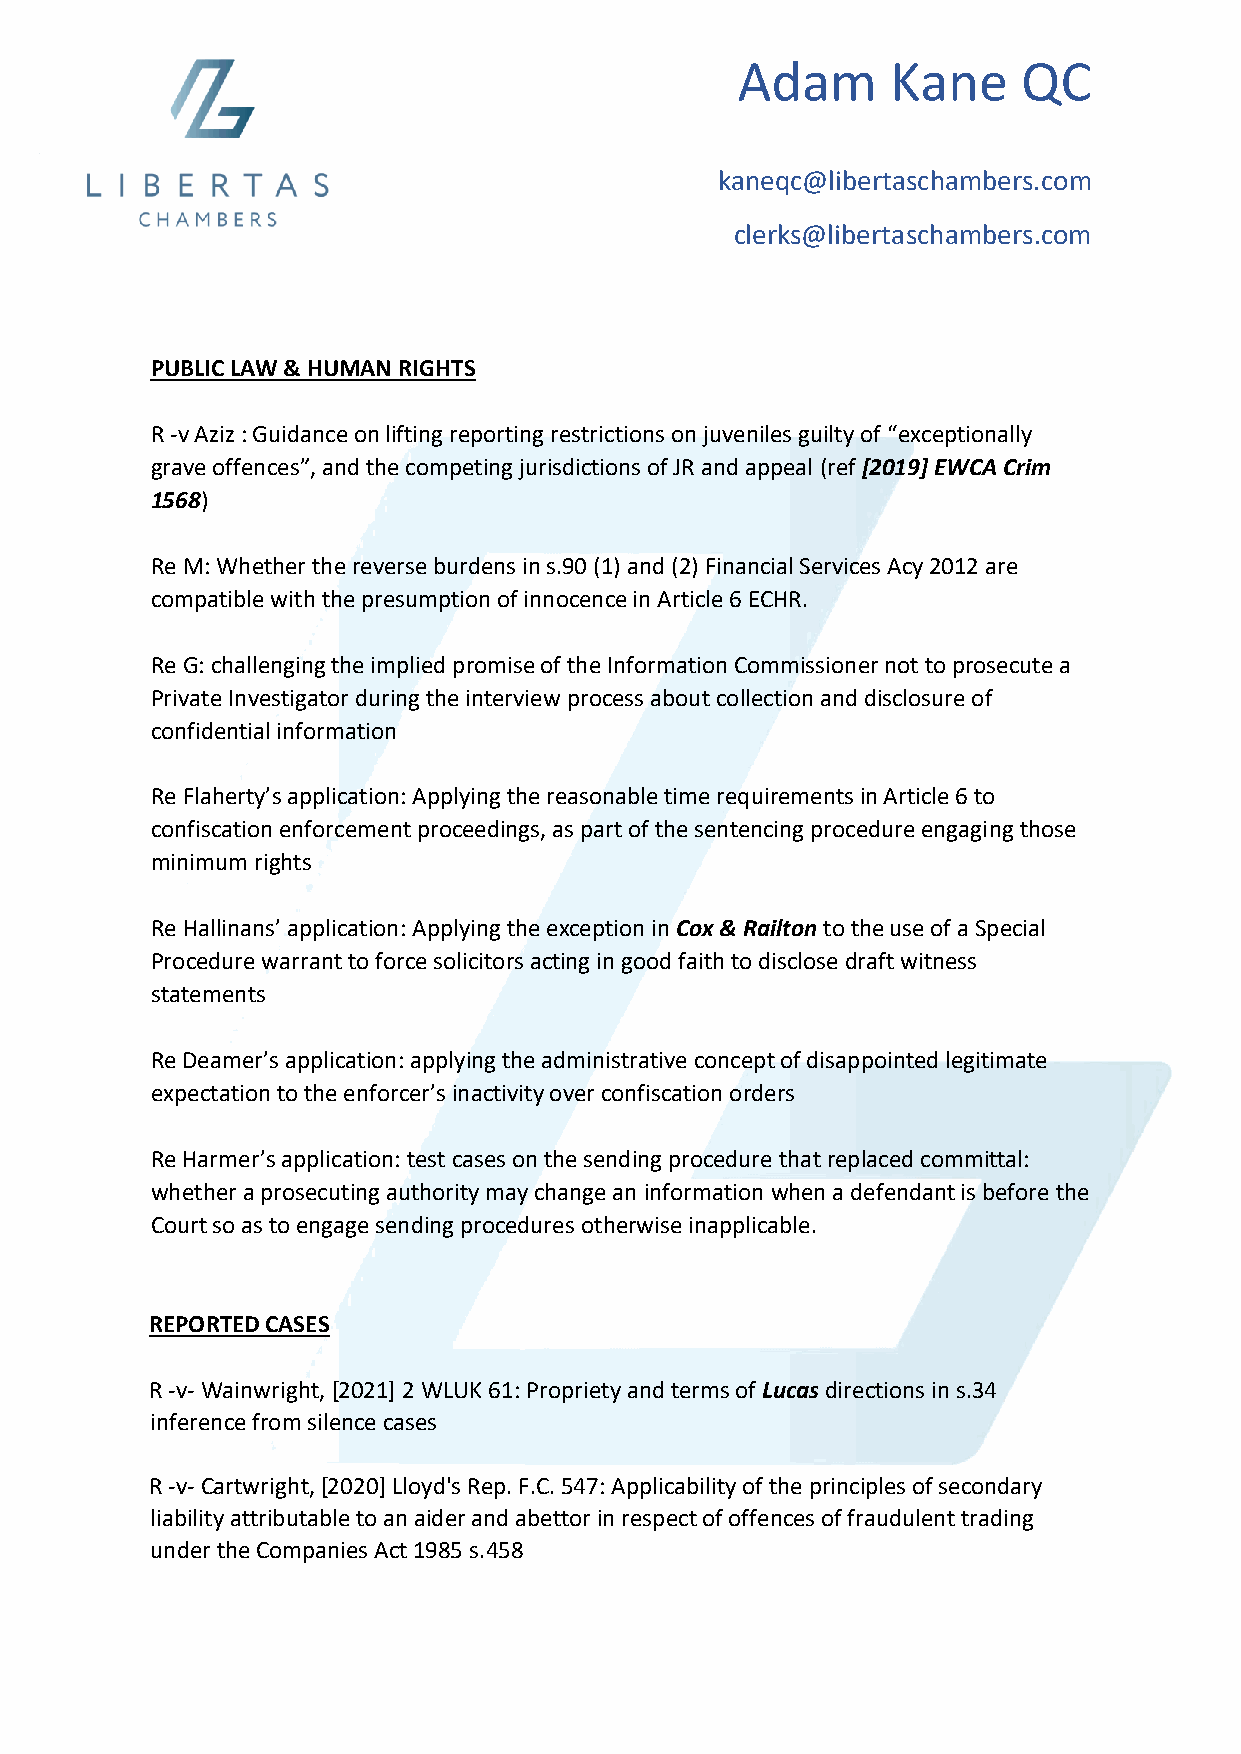
Adam      Kane     QC
 kaneqc@libertaschambers.com
 clerks@libertaschambers.com
 PUBLIC LAW & HUMAN RIGHTS
 R -v Aziz : Guidance on lifting reporting restrictions on juveniles guilty of “exceptionally
 grave offences”, and the competing jurisdictions of JR and appeal (ref [2019] EWCA Crim
 1568)
 Re M: Whether the reverse burdens in s.90 (1) and (2) Financial Services Acy 2012 are
 compatible with the presumption of innocence in Article 6 ECHR.
 Re G: challenging the implied promise of the Information Commissioner not to prosecute a
 Private Investigator during the interview process about collection and disclosure of
 confidential information
 Re Flaherty’s application: Applying the reasonable time requirements in Article 6 to
 confiscation enforcement proceedings, as part of the sentencing procedure engaging those
 minimum rights
 Re Hallinans’ application: Applying the exception in Cox & Railton to the use of a Special
 Procedure warrant to force solicitors acting in good faith to disclose draft witness
 statements
 Re Deamer’s application: applying the administrative concept of disappointed legitimate
 expectation to the enforcer’s inactivity over confiscation orders
 Re Harmer’s application: test cases on the sending procedure that replaced committal:
 whether a prosecuting authority may change an information when a defendant is before the
 Court so as to engage sending procedures otherwise inapplicable.
 REPORTED CASES
 R -v- Wainwright, [2021] 2 WLUK 61: Propriety and terms of Lucas directions in s.34
 inference from silence cases
 R -v- Cartwright, [2020] Lloyd's Rep. F.C. 547: Applicability of the principles of secondary
 liability attributable to an aider and abettor in respect of offences of fraudulent trading
 under the Companies Act 1985 s.458